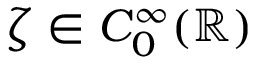
\zeta \in C _ { 0 } ^ { \infty } ( \ensuremath { \mathbb { R } } )